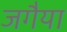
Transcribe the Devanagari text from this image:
जगैया